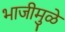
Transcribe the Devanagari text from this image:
भाजीमुळे